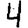
Digit: 4